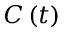
C \left( t \right)